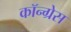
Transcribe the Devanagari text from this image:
कॉन्‍ग्रेस